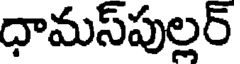
ధామస్పుల్లర్